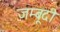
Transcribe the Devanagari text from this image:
जम्बूदी